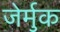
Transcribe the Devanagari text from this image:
जेर्मुक